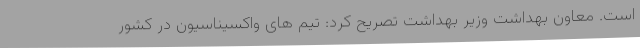
است. معاون بهداشت وزیر بهداشت تصریح کرد: تیم های واکسیناسیون در کشور